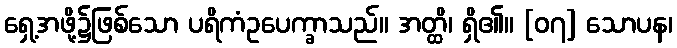
ရှေ့အဖို့၌ဖြစ်သော ပရိကံဥပေက္ခာသည်။ အတ္ထိ၊ ရှိ၏။ [၀၇] သောပန၊